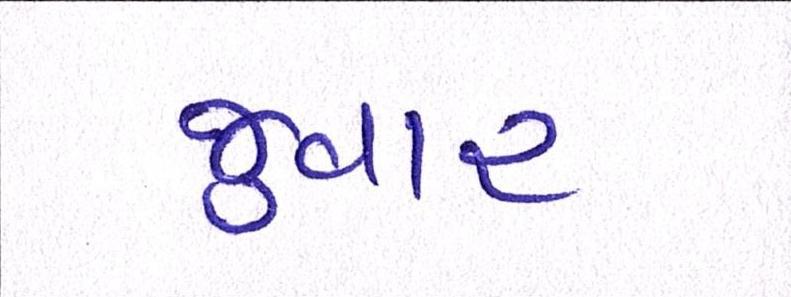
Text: જુવાર